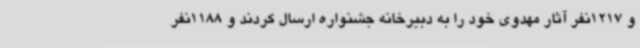
و 1217نفر آثار مهدوی خود را به دبیرخانه جشنواره ارسال کردند و 1188نفر